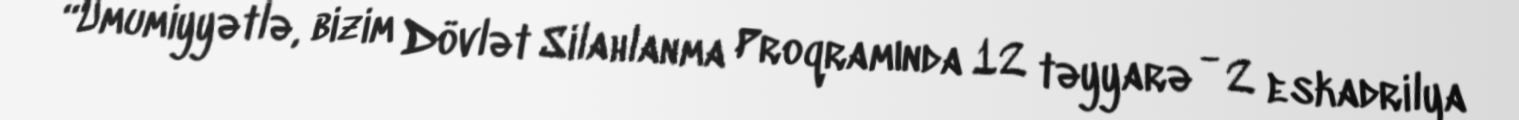
“Ümumiyyətlə, bizim Dövlət Silahlanma Proqramında 12 təyyarə - 2 eskadrilya